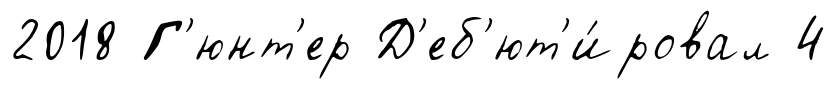
2018 Г'юнт'ер Д'еб'ют'и́ровал 4